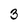
Character: 3